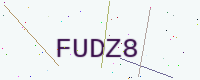
Text: FUDZ8